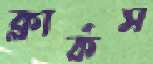
ক্লার্কস